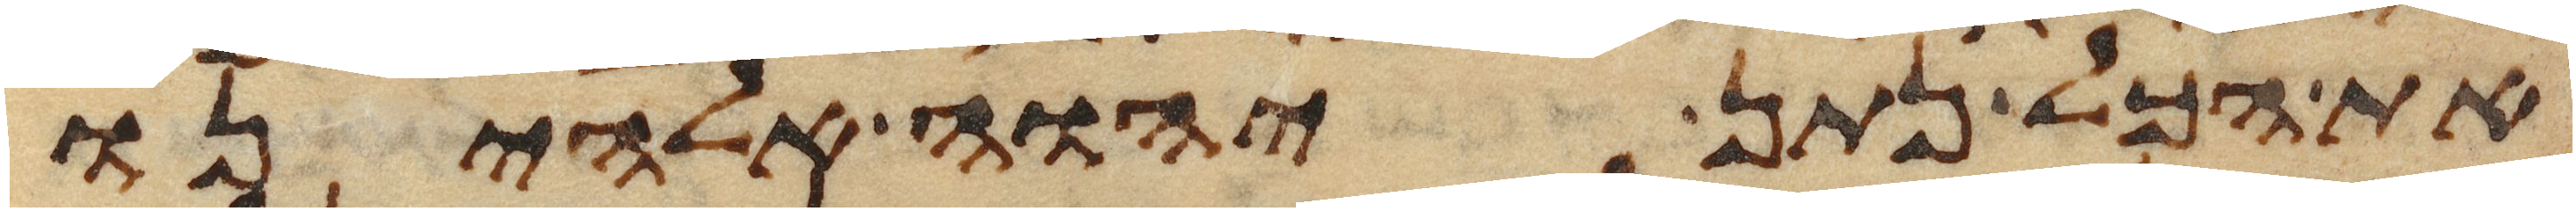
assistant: את הכל נתן יהוה אלהינו